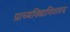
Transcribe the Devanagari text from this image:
प्राच्यविद्याविशारद